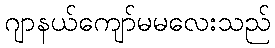
ဂျာနယ်ကျော်မမလေးသည်